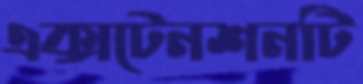
এক্সটেনশনটি